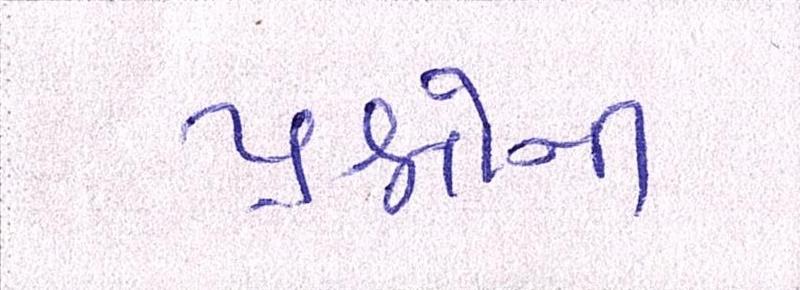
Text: પ્રશ્નોની